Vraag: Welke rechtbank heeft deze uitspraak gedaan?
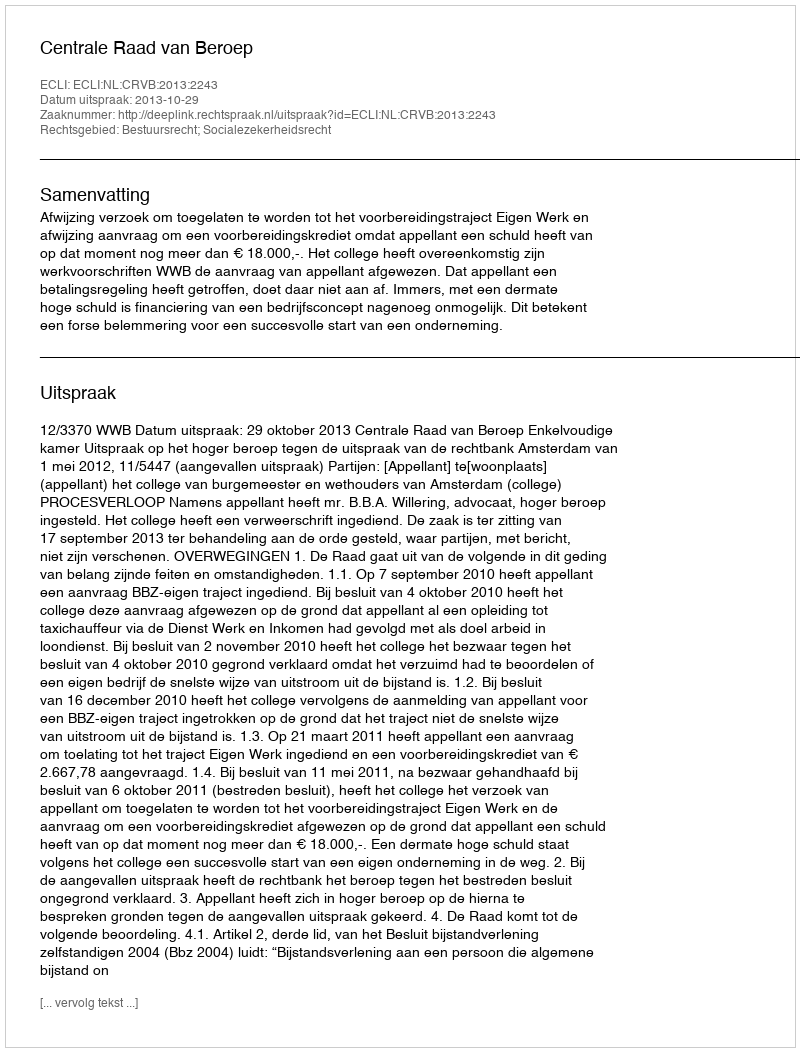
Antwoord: Centrale Raad van Beroep